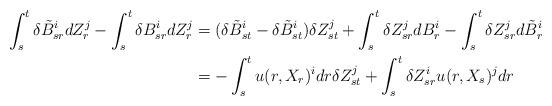
LaTeX: \begin{align*}\int_s^t \delta \tilde{B}_{sr}^i dZ_r^j - \int_s^t \delta B_{sr}^i dZ_r^j & = (\delta \tilde{B}_{st}^i - \delta \tilde{B}_{st}^i) \delta Z_{st}^j + \int_s^t \delta Z^j_{sr} dB^i_r - \int_s^t \delta Z^j_{sr} d\tilde{B}^i_r \\& = - \int_s^t u(r,X_r)^i dr \delta Z_{st}^j + \int_s^t \delta Z_{sr}^i u(r,X_s)^j dr \end{align*}